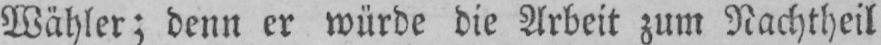
Wähler; denn er würde die Arbeit zum Nachtheil